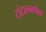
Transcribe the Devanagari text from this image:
टांटालमपेक्षा